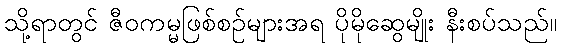
သို့ရာတွင် ဇီဝကမ္မဖြစ်စဉ်များအရ ပိုမိုဆွေမျိုး နီးစပ်သည်။